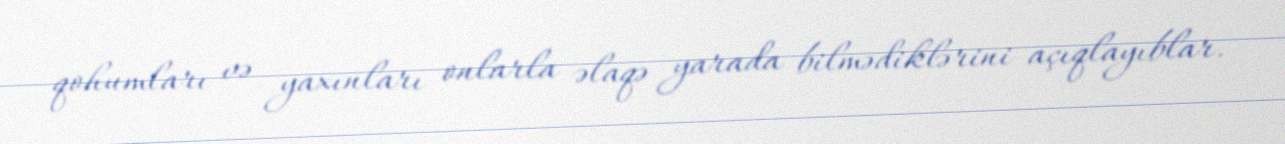
qohumları və yaxınları onlarla əlaqə yarada bilmədiklərini açıqlayıblar.